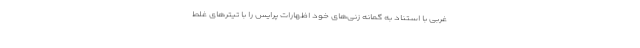
غربی با استناد به گمانه زنی‌های خود اظهارات پرایس را با تیتر‌های غلط